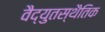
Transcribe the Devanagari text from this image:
वैद्युतस्थैतिक